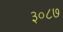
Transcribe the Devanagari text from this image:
३०८७